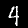
Digit: 4